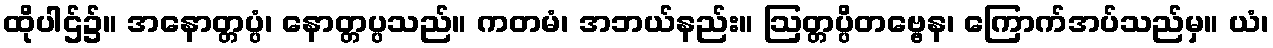
ထိုပါဌ်၌။ အနောတ္တပ္ပံ၊ နောတ္တပ္ပသည်။ ကတမံ၊ အဘယ်နည်း။ ဩတ္တပ္ပိတဗ္ဗေန၊ ကြောက်အပ်သည်မှ။ ယံ၊